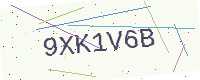
Text: 9XK1V6B